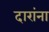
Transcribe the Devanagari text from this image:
दारांना